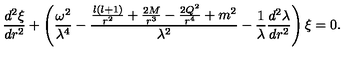
\frac { d ^ { 2 } \xi } { d r ^ { 2 } } + \left( \frac { \omega ^ { 2 } } { \lambda ^ { 4 } } - \frac { \frac { l ( l + 1 ) } { r ^ { 2 } } + \frac { 2 M } { r ^ { 3 } } - \frac { 2 Q ^ { 2 } } { r ^ { 4 } } + m ^ { 2 } } { \lambda ^ { 2 } } - \frac { 1 } { \lambda } \frac { d ^ { 2 } \lambda } { d r ^ { 2 } } \right) \xi = 0 .